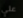
علي